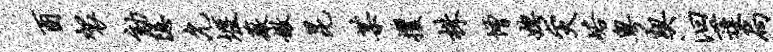
酉袈劾隐允堰薇嫩昆某攫株增娉灾峪粤契汩蓬扃